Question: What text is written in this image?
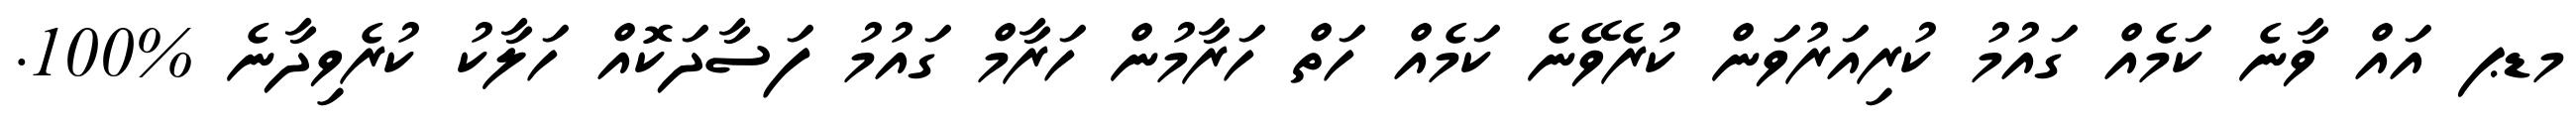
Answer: މޑޕ އައް ވާނެ ކަމެއް ގައުމު ކުރިއަރުވަން ކުރެވޭނެ ކަމެއް ހަތް ހަރާމުން ހަރާމް ގައުމު ފަސާދަކޮއް ހަލާކު ކުރެވިދާނެ %100.